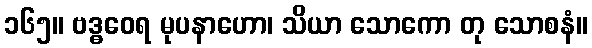
၁၆၅။ ဗဒ္ဓဝေရ မုပနာဟော၊ သိယာ သောကော တု သောစနံ။